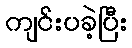
ကျင်းပခဲ့ပြီး